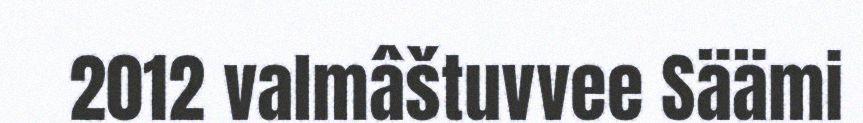
2012 valmâštuvvee Säämi